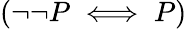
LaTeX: (\neg\neg P\iff P)